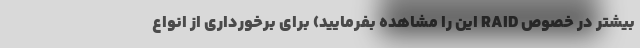
بیشتر در خصوص RAID این را مشاهده بفرمایید) برای برخورداری از انواع